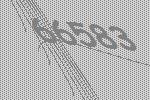
66583